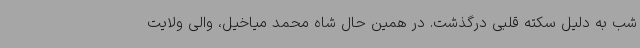
شب به دلیل سکته قلبی درگذشت. در همین حال شاه محمد میاخیل، والی ولایت